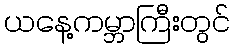
ယနေ့ကမ္ဘာကြီးတွင်